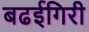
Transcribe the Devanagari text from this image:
बढईगिरी